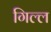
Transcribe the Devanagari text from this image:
गिल्ल